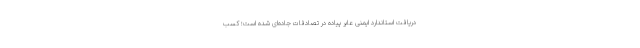
دریافت استاندارد ایمنی عابر پیاده در تصادفات جاده‌ای شده است؛ کسب